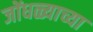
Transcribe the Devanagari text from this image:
जोंधळ्याच्या